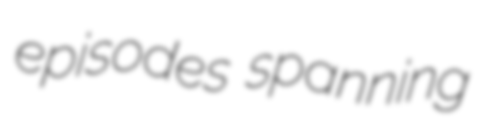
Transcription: episodes spanning